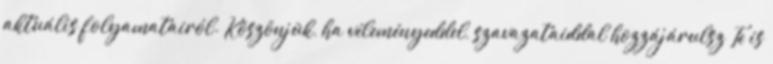
aktuális folyamatairól. Köszönjük, ha véleményeddel, szavazataiddal hozzájárulsz Te is